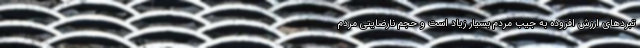
تبردهای ارزش افزوده به جیب مردم بسیار زیاد است و حجم نارضایتی مردم